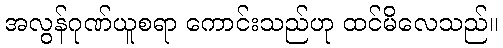
အလွန်ဂုဏ်ယူစရာ ကောင်းသည်ဟု ထင်မိလေသည်။